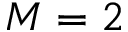
M = 2